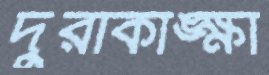
দুরাকাঙ্ক্ষা